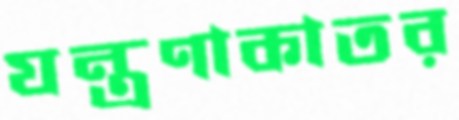
যন্ত্রণাকাতর